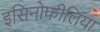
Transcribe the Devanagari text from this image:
इसिनोफीलिया